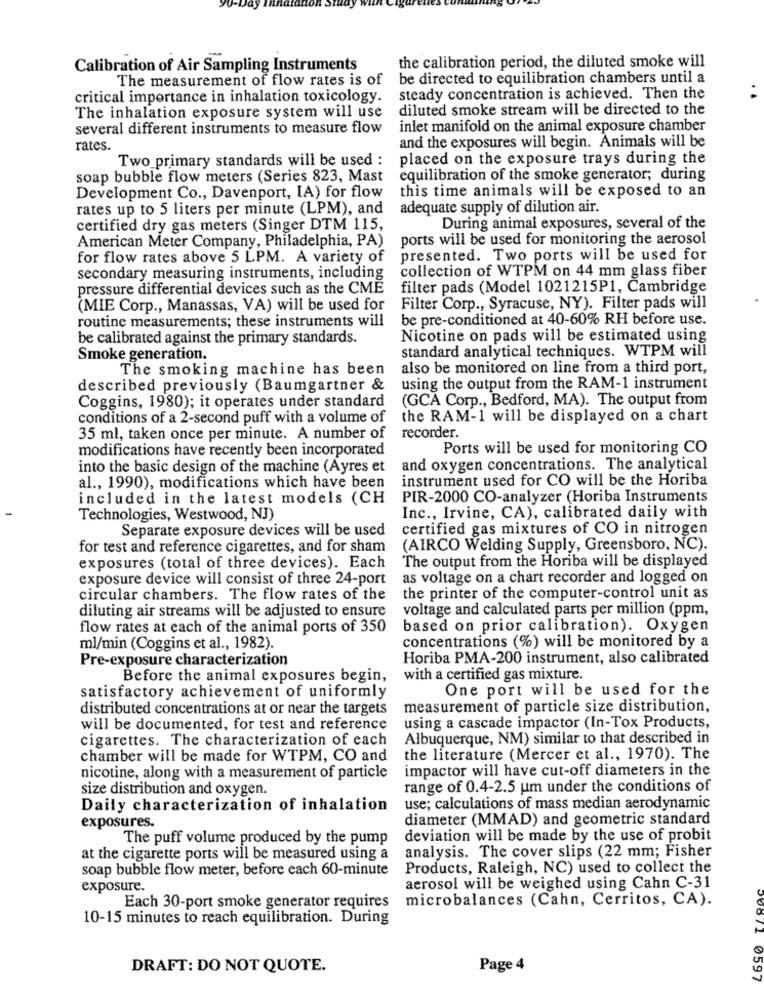
-
Calibration of Air Sampling Instruments
the calibration period, the diluted smoke will
The measurement of flow rates is of
be directed to equilibration chambers until a
critical importance in inhalation toxicology.
steady concentration is achieved. Then the
diluted smoke stream will be directed to the
The inhalation exposure system will use
several different instruments to measure flow
inlet manifold on the animal exposure chamber
and the exposures will begin. Animals will be
rates.
Two_primary standards will be used :
placed on the exposure trays during the
soap bubble flow meters (Series 823, Mast
equilibration of the smoke generator; during
this time animals will be exposed to an
Development Co ., Davenport, IA) for flow
rates up to 5 liters per minute (LPM), and
adequate supply of dilution air.
certified dry gas meters (Singer DTM 115,
During animal exposures, several of the
American Meter Company, Philadelphia, PA)
ports will be used for monitoring the aerosol
for flow rates above 5 LPM. A variety of
presented. Two ports will be used for
collection of WTPM on 44 mm glass fiber
secondary measuring instruments, including
pressure differential devices such as the CME
filter pads (Model 1021215P1, Cambridge
(MIE Corp ., Manassas, VA) will be used for
Filter Corp ., Syracuse, NY). Filter pads will
routine measurements; these instruments will
be pre-conditioned at 40-60% RH before use.
be calibrated against the primary standards.
Nicotine on pads will be estimated using
standard analytical techniques. WTPM will
Smoke generation.
The smoking machine has been
also be monitored on line from a third port,
described previously (Baumgartner &
using the output from the RAM-1 instrument
(GCA Corp ., Bedford, MA). The output from
Coggins, 1980); it operates under standard
conditions of a 2-second puff with a volume of
the RAM-1 will be displayed on a chart
35 ml, taken once per minute. A number of
recorder.
modifications have recently been incorporated
Ports will be used for monitoring CO
into the basic design of the machine (Ayres et
and oxygen concentrations. The analytical
instrument used for CO will be the Horiba
al ., 1990), modifications which have been
included in the latest models (CH
PIR-2000 CO-analyzer (Horiba Instruments
Technologies, Westwood, NJ)
Inc ., Irvine, CA), calibrated daily with
Separate exposure devices will be used
certified gas mixtures of CO in nitrogen
for test and reference cigarettes, and for sham
(AIRCO Welding Supply, Greensboro, NC).
The output from the Horiba will be displayed
exposures (total of three devices). Each
exposure device will consist of three 24-port
as voltage on a chart recorder and logged on
circular chambers. The flow rates of the
the printer of the computer-control unit as
diluting air streams will be adjusted to ensure
voltage and calculated parts per million (ppm,
flow rates at each of the animal ports of 350
based on prior calibration). Oxygen
concentrations (%) will be monitored by a
ml/min (Coggins et al ., 1982).
Pre-exposure characterization
Horiba PMA-200 instrument, also calibrated
Before the animal exposures begin,
with a certified gas mixture.
satisfactory achievement of uniformly
One port will be used for the
distributed concentrations at or near the targets
measurement of particle size distribution,
will be documented, for test and reference
using a cascade impactor (In-Tox Products,
cigarettes. The characterization of each
Albuquerque, NM) similar to that described in
chamber will be made for WTPM, CO and
the literature (Mercer et al ., 1970). The
impactor will have cut-off diameters in the
nicotine, along with a measurement of particle
size distribution and oxygen.
range of 0.4-2.5 um under the conditions of
Daily characterization of inhalation
use; calculations of mass median aerodynamic
diameter (MMAD) and geometric standard
exposures.
The puff volume produced by the pump
deviation will be made by the use of probit
at the cigarette ports will be measured using a
analysis. The cover slips (22 mm; Fisher
soap bubble flow meter, before each 60-minute
Products, Raleigh, NC) used to collect the
exposure.
aerosol will be weighed using Cahn C-31
microbalances (Cahn, Cerritos, CA).
Each 30-port smoke generator requires
10-15 minutes to reach equilibration. During
DRAFT: DO NOT QUOTE.
Page 4
71 0597